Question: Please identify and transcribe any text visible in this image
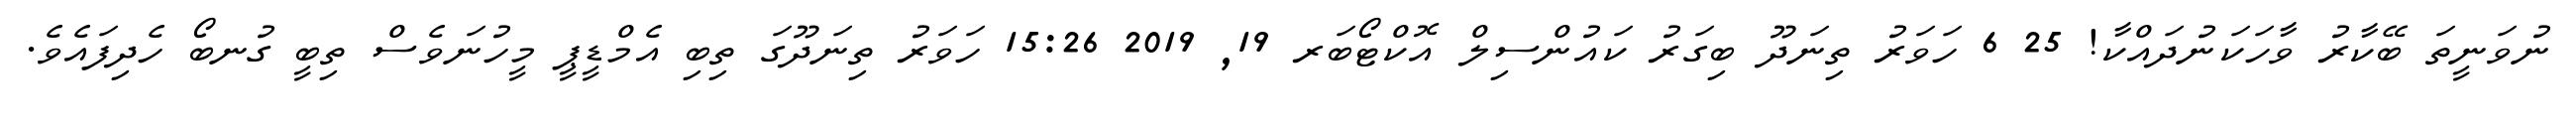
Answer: ނުވަނީތަ ބޭކާރު ވާހަކަނުދައްކާ! 25 6 ހަވަރު ތިނަދޫ ބިގަރު ކައުންސިލް އޮކްޓޯބަރ 19, 2019 15:26 ހަވަރު ތިނަދޫގަ ތިބި އެމްޑީޕީ މީހުނަވެސް ތިބީ ގުނބޯ ހެދިފައެވެ.